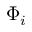
\Phi _ { i }